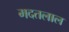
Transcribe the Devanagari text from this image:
मदतलाल